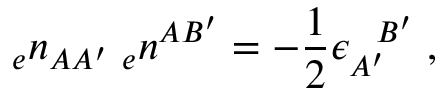
{ _ { e } n _ { A A ^ { \prime } } } \; { _ { e } n ^ { A B ^ { \prime } } } = - { \frac { 1 } { 2 } } \epsilon _ { A ^ { \prime } } ^ { \; \; \; B ^ { \prime } } \; ,